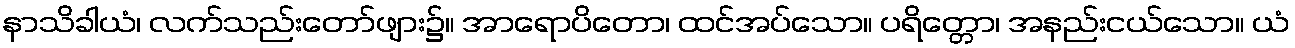
နာသိခါယံ၊ လက်သည်းတော်ဖျား၌။ အာရောပိတော၊ ထင်အပ်သော။ ပရိတ္တော၊ အနည်းငယ်သော။ ယံ